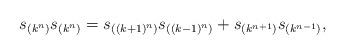
LaTeX: \begin{align*}s_{(k^n)}s_{(k^n)}=s_{((k+1)^n)}s_{((k-1)^n)}+s_{(k^{n+1})}s_{(k^{n-1})},\end{align*}